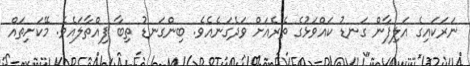
ނަރަކައިގެ އަލިފާން ގަނޑު ކައްވަޅުގެ ތެރެއަށް ވަދެގަނެއެވެ. ބިންގަނޑު ތިބާ ފިއްތާލައެވެ. މޭކަށިތައް